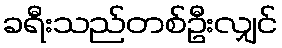
ခရီးသည်တစ်ဦးလျှင်